画像に写った文字を読んでください
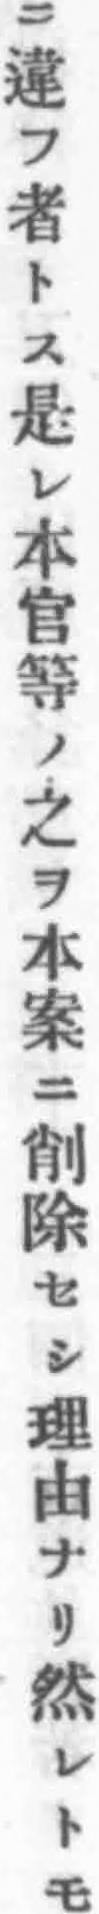
「ニ違フ者トス是レ本官等ノ之ヲ本案ニ削除セシ理由ナリ然レトモ」と書いてあります